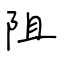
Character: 阻